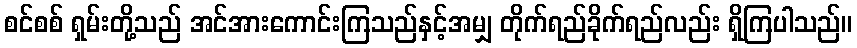
စင်စစ် ရှမ်းတို့သည် အင်အားကောင်းကြသည်နှင့်အမျှ တိုက်ရည်ခိုက်ရည်လည်း ရှိကြပါသည်။